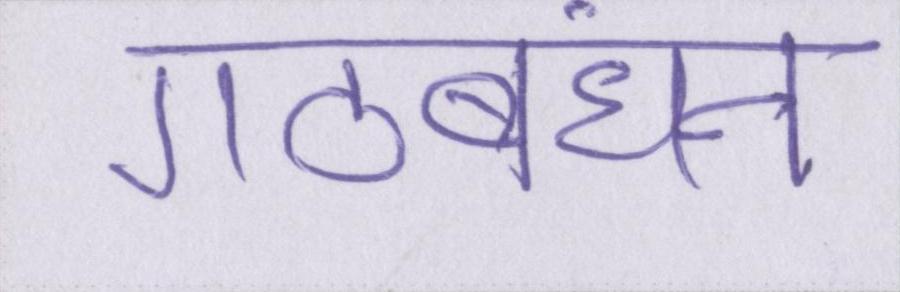
गठबंधन